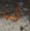
أنت